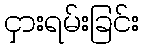
ငှားရမ်းခြင်း